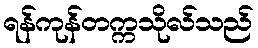
ရန်ကုန်တက္ကသိုလ်သည်